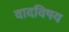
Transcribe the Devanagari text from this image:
वादविषय